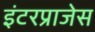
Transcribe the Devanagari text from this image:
इंटरप्राजेस